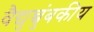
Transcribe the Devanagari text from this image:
वैद्युच्चुंबकीय